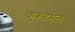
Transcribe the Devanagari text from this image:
कुरूदमेल